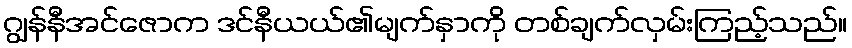
ဂျွန်နီအင်ဇောက ဒင်နီယယ်၏မျက်နှာကို တစ်ချက်လှမ်းကြည့်သည်။